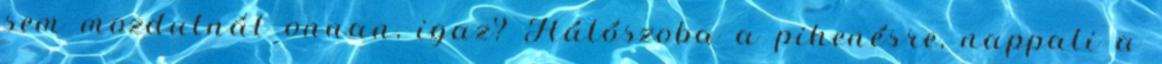
sem mozdulnál onnan, igaz? Hálószoba a pihenésre, nappali a